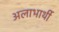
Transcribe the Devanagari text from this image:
अलाभार्थी